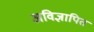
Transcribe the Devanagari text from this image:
अविज्ञापित